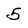
Character: 5